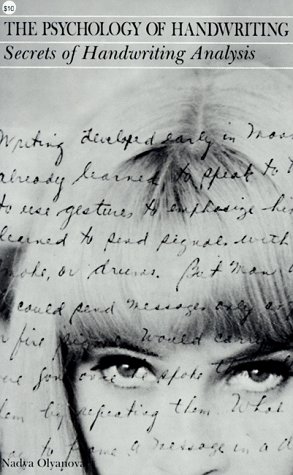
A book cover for The Psychology of Handwriting: Secrets of Handwriting Analysis; Nadya Olyanova; Self-Help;